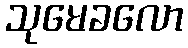
သုမေခလော